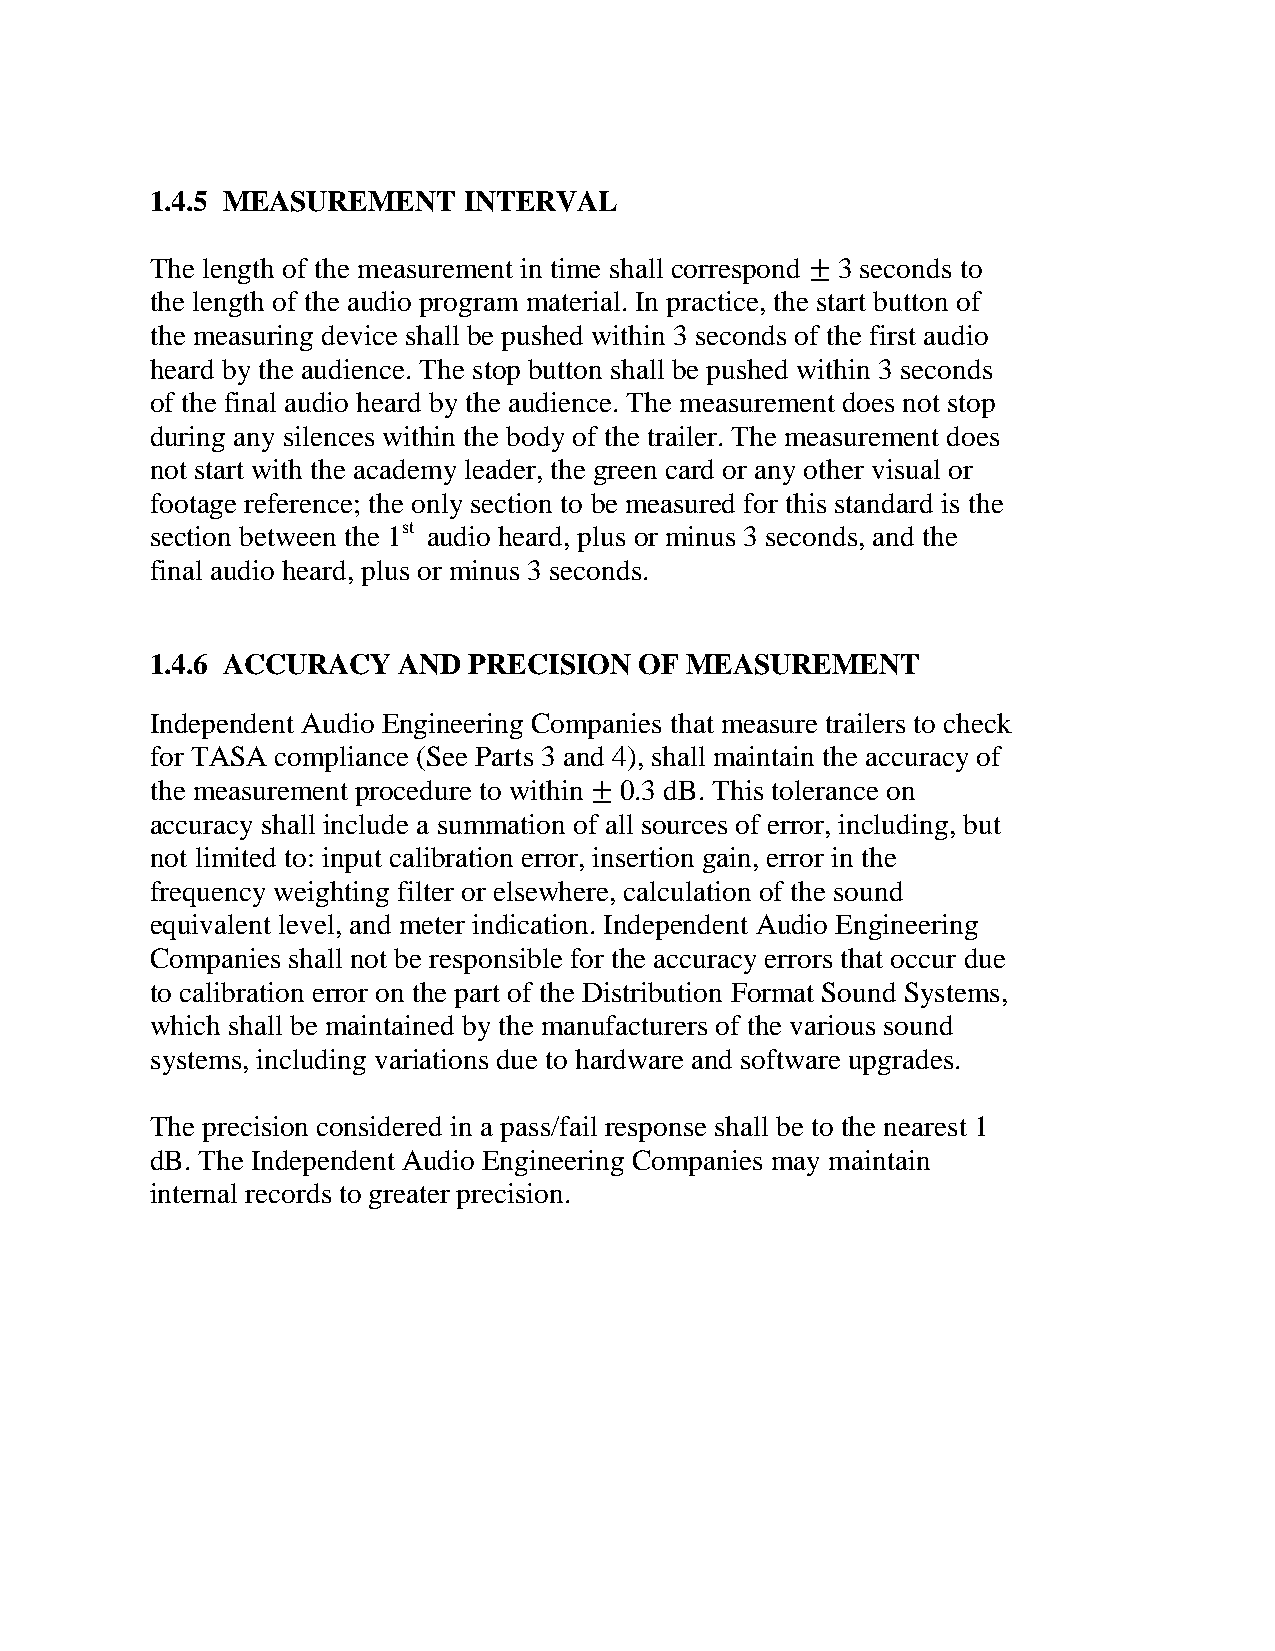
1.4.5 MEASUREMENT    INTERVAL
 The length of the measurement in time shall correspond ± 3 seconds to
 the length of the audio program material. In practice, the start button of
 the measuring device shall be pushed within 3 seconds of the first audio
 heard by the audience. The stop button shall be pushed within 3 seconds
 of the final audio heard by the audience. The measurement does not stop
 during any silences within the body of the trailer. The measurement does
 not start with the academy leader, the green card or any other visual or
 footage reference; the only section to be measured for this standard is the
 section between the 1st audio heard, plus or minus 3 seconds, and the
 final audio heard, plus or minus 3 seconds.
 1.4.6 ACCURACY  AND  PRECISION  OF MEASUREMENT
 Independent Audio Engineering Companies that measure trailers to check
 for TASA compliance (See Parts 3 and 4), shall maintain the accuracy of
 the measurement procedure to within ± 0.3 dB. This tolerance on
 accuracy shall include a summation of all sources of error, including, but
 not limited to: input calibration error, insertion gain, error in the
 frequency weighting filter or elsewhere, calculation of the sound
 equivalent level, and meter indication. Independent Audio Engineering
 Companies shall not be responsible for the accuracy errors that occur due
 to calibration error on the part of the Distribution Format Sound Systems,
 which shall be maintained by the manufacturers of the various sound
 systems, including variations due to hardware and software upgrades.
 The precision considered in a pass/fail response shall be to the nearest 1
 dB. The Independent Audio Engineering Companies may maintain
 internal records to greater precision.